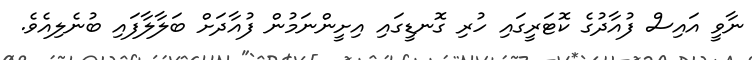
ނާވީ އައިސް ފުއާދުގެ ކޮޓަރީގައި ހުރި ގޮނޑީގައި އިށީންނަމުން ފުއާދަށް ބަލާލާފައި ބުނެލިއެވެ.